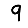
Digit: 9